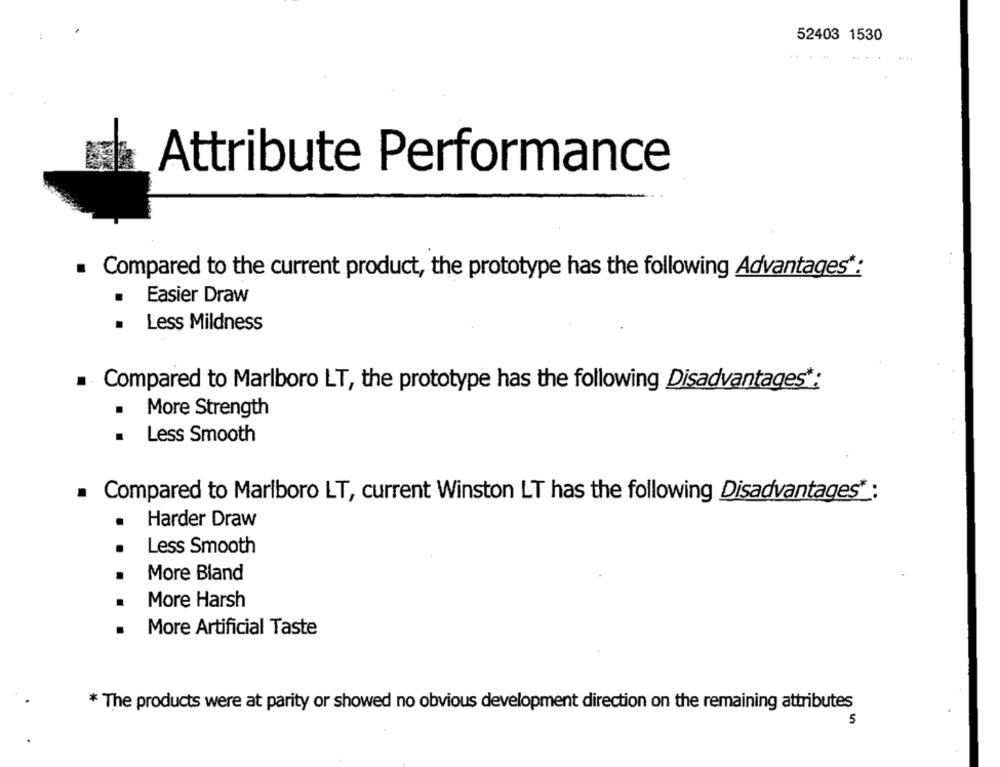
52403 1530
Attribute Performance
Compared to the current product, the prototype has the following Advantages":
Easier Draw
.
.
Less Mildness
Compared to Marlboro LT, the prototype has the following Disadvantages *:
.
More Strength
Less Smooth
.
. Compared to Marlboro LT, current Winston LT has the following Disadvantages* :
.
Harder Draw
Less Smooth
More Bland
More Harsh
More Artificial Taste
* The products were at parity or showed no obvious development direction on the remaining attributes
5